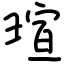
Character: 瑄